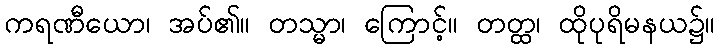
ကရဏီယော၊ အပ်၏။ တသ္မာ၊ ကြောင့်။ တတ္ထ၊ ထိုပုရိမနယ၌။